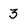
Character: 3